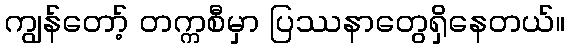
ကျွန်တော့် တက္ကစီမှာ ပြဿနာတွေရှိနေတယ်။